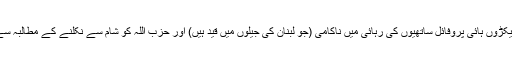
جیسا کہ اپنے دیگر سیکڑوں ہائی پروفائل ساتھیوں کی رہائی میں ناکامی (جو لبنان کی جیلوں میں قید ہیں) اور حزب اللہ کو شام سے نکلنے کے مطالبہ سے بھی پیچھے ہٹنا پڑا۔